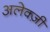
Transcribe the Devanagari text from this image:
अलेक्ज़ी